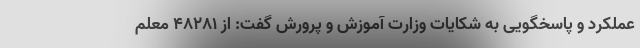
عملکرد و پاسخگویی به شکایات وزارت آموزش و پرورش گفت: از ۴۸۲۸۱ معلم